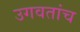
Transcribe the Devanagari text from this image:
उगवतांच